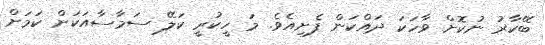
ބޭކާރު ނުކޮށް ވާހަކަ ދައްކަން ފެށިއެވެ. މަ ހީކުރީ ކަލޭ ސަމާސާއަކަށް ކަމަށް